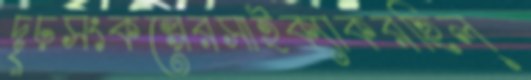
দৃঢ়সংকল্পেরসাইক্যাকরছিল্